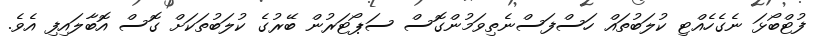
ފުޓްބޯޅަ ނެގެހެއްޓި ކުލަބުތައް ހަސްފަސްނެތިވަމުންގޮސް ސަޕޯޓަރުން ބޭރުގެ ކުލަބުތަކަށް ގޮސް އޮބާލައިފި އެވެ.